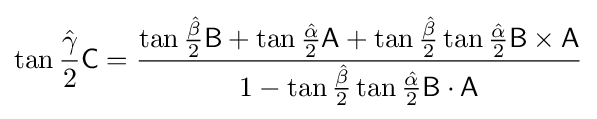
\tan {\frac {\hat {\gamma }}{2}}{\mathsf {C}}={\frac {\tan {\frac {\hat {\beta }}{2}}{\mathsf {B}}+\tan {\frac {\hat {\alpha }}{2}}{\mathsf {A}}+\tan {\frac {\hat {\beta }}{2}}\tan {\frac {\hat {\alpha }}{2}}{\mathsf {B}}\times {\mathsf {A}}}{1-\tan {\frac {\hat {\beta }}{2}}\tan {\frac {\hat {\alpha }}{2}}{\mathsf {B}}\cdot {\mathsf {A}}}}